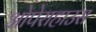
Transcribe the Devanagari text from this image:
ओपेराहाउस